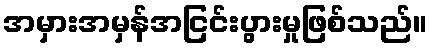
အမှားအမှန်အငြင်းပွားမှုဖြစ်သည်။